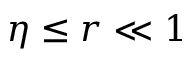
\eta \le r \ll 1